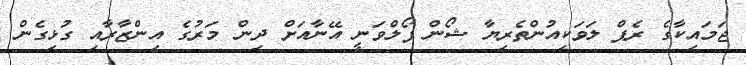
ޖަމައިކާގެ ރެޕް ލަވަކިއުންތެރިޔާ ޝޯން ޕޯލްވަނީ އޭނާއަށް ދިން މަރުގެ އިންޒާރާއި ގުޅިގެން